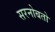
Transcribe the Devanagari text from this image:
सरनोबतो